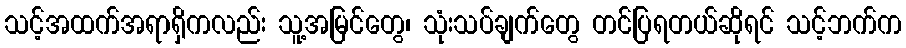
သင့်အထက်အရာရှိကလည်း သူ့အမြင်တွေ၊ သုံးသပ်ချက်တွေ တင်ပြရတယ်ဆိုရင် သင့်ဘက်က